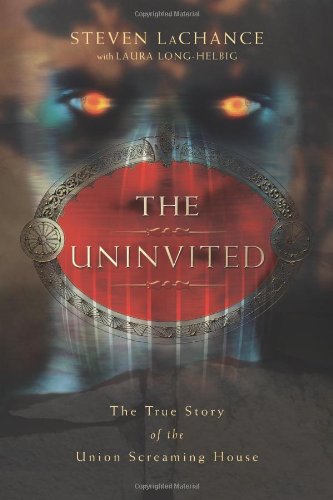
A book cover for The Uninvited: The True Story of the Union Screaming House; Steven A. LaChance; Religion & Spirituality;